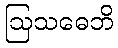
ဩသဓေဘိ